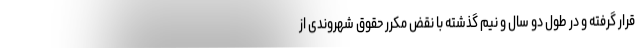
قرار گرفته و در طول دو سال و نیم گذشته با نقض مکرر حقوق شهروندی از